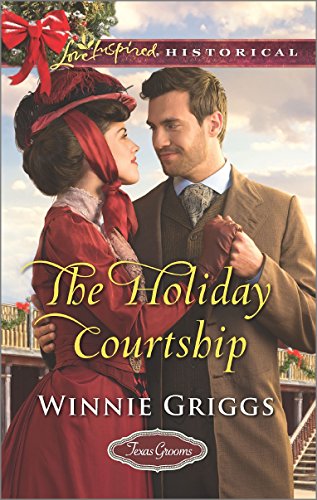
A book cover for The Holiday Courtship (Texas Grooms (Love Inspired Historical)); Winnie Griggs; Romance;